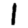
Digit: 1